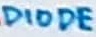
Text: DIODE